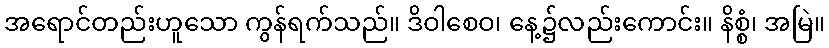
အရောင်တည်းဟူသော ကွန်ရက်သည်။ ဒိဝါစေဝ၊ နေ့၌လည်းကောင်း။ နိစ္စံ၊ အမြဲ။